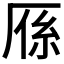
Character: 𭆈